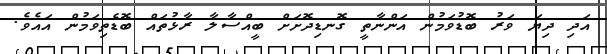
އަދި ދިޔަ ވަރު ބޮޑުވަމުން އަންނާތީ ގޮނޑިދޮށަށް ބީއްސާލާ ރާޅުތައް ބޮޑެތިވަމުން އައެވެ.